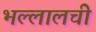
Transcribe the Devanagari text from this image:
भल्लालची